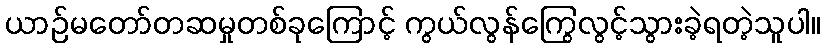
ယာဉ်မတော်တဆမှုတစ်ခုကြောင့် ကွယ်လွန်ကြွေလွင့်သွားခဲ့ရတဲ့သူပါ။